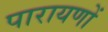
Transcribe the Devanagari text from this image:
पारायणों